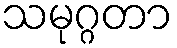
သမုဂ္ဂတာ